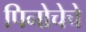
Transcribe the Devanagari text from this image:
पिनोचेचे